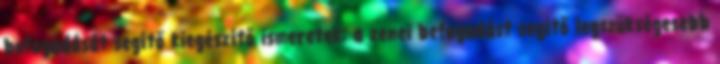
befogadását segítő kiegészítő ismeretek: a zenei befogadást segítő legszükségesebb